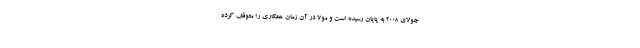
جولای ۲۰۰۸ به پایان رسیده است و مولا در آن زمان همکاری را متوقف کرده